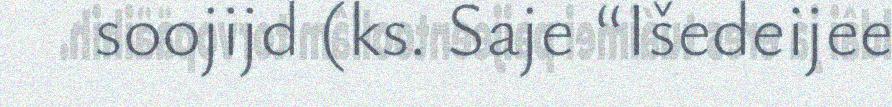
soojijd (ks. Saje “Išedeijee